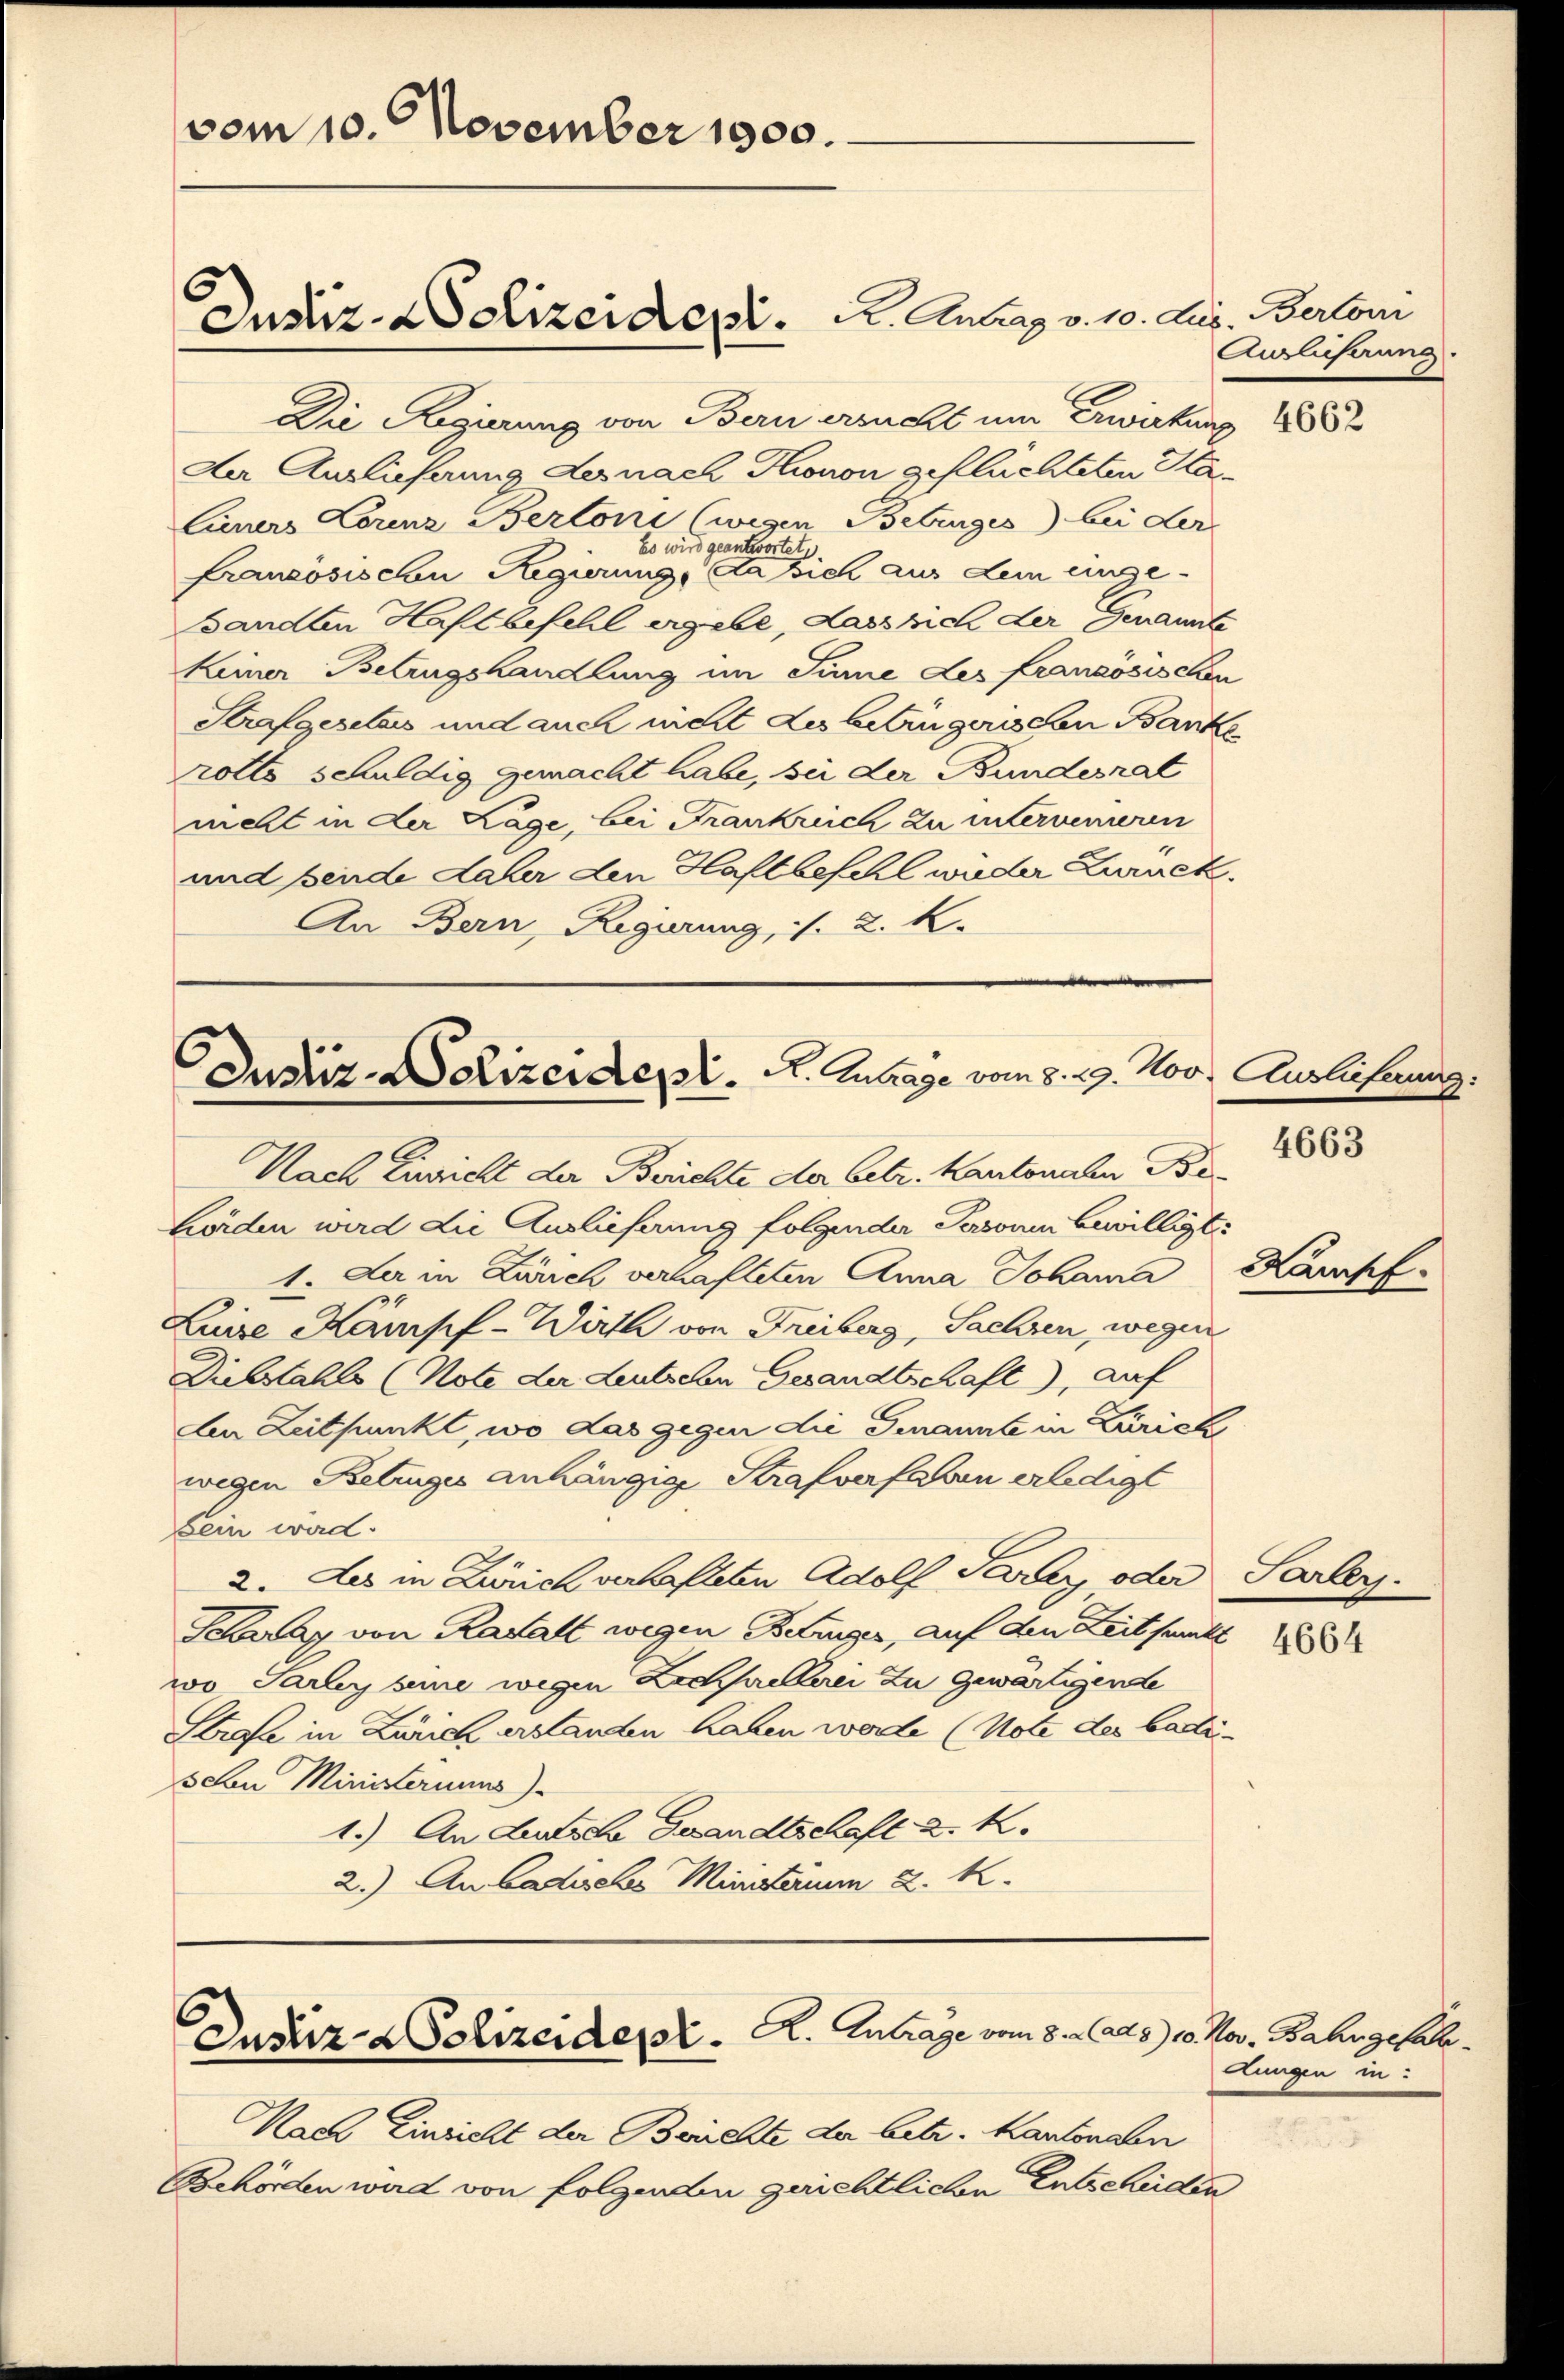
vom 10. November 1900.

Die Regierung von Bern ersucht um Erwirkung 188
Der Auslieferung Lernach Honon gefluchteten Ha¬
Einers Lorenz Bertoni (wegen Betrages) bei der
Es wird geantwortet
Francösischen Regierung, da sich aus Lein einge¬
Bandten Haftbefehl ergebe, dass sich der Genannte
keiner Betrugshandlung im Sinne des Französischen
Strafgesetzes und auch nicht des betrügerischen Banke
rotto schuldig gemacht habe, sei der Bundesrat
mehl in der Lage, bei Frankreich zu untervenieren
und beide daher den Haftbefehl wieder Zuruck.
An Bern, Regierung, 1. 2. K.

Justiz- & Polizeidepr. K. Antrag v. 10. Aug. Bertor

Justiz-Polizeident. A. Antrage vom 8. 29. Nov.

Justiz- & Polizeident. A. Antrage vom 8. Aarg

Nach Einricht der Berichte der betr. Kantonalen Behörden wird die Auslieferung folgender Personen bewilligte
1. Der in Zürich verhafteten Anna Johanna Kampf.
Luise Kampf-Wirth von Freiberg, Sachen, wegen
Diebstahls (Note der Leutschen Gesandtschaft), auf
An Zeitpunkt, wo das gegen die Genannt in Zürich
wegen Betruges anhängig Strafverfahren erledigt
Sein ward.
2. des in Zürich verhalteten Adolf Taray oder Sarley.
Scray von Rastatt wegen Berger, auf den Zeit funkt
wo Parley seine wegen Zechsellerei zu gewärtigende
Strafe in Zürich erstanden haben werde (Note der barte
schen Ministeriums)
1.) An Deutsch Grandtschaft k. k.
2.) An Ladisches Ministerium 2. K.

Nach Einsicht der Brüchte der betr. Kantonalen
Behörden wird von folgenden gerichtlichen Entscheiden

Anzlicherung

Auslieferung

4663

4664

Nov. Bahngefahr.
Lungen in: